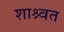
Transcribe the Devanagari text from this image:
शाश्र्वत